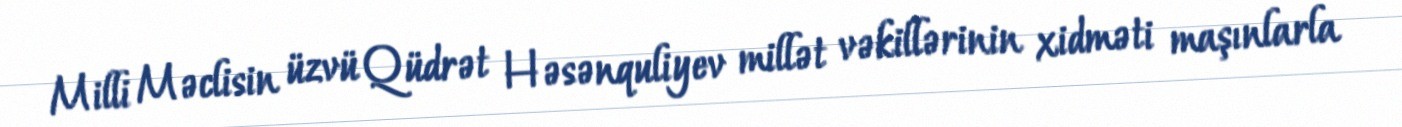
Milli Məclisin üzvü Qüdrət Həsənquliyev millət vəkillərinin xidməti maşınlarla